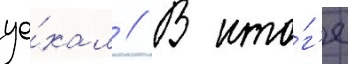
уе́хал // В ито́г'е